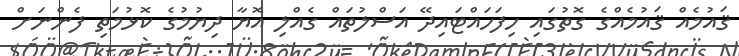
ޤައުމެއް ޤައުމެއްގެ ގޮތުގައި ހިފަހައްޓައިދޭ އަސްލުތައް ގެއްލި އޮޔާ ދިޔުމުގެ ކޮޅުމަތި ފެންނަށް